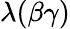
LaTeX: \lambda(\beta\gamma)